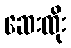
ဆေးထိုး